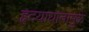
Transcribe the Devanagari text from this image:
हृदयाघातामुळे